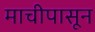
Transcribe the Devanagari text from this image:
माचीपासून